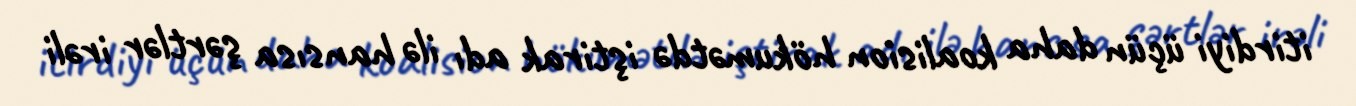
itirdiyi üçün daha koalision hökumətdə iştirak adı ilə hansısa şərtlər irəli